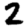
Digit: 2